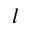
l